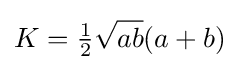
K={\tfrac {1}{2}}{\sqrt {ab}}(a+b)